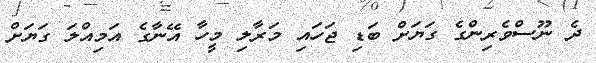
ދެ ނޫސްވެރިންގެ ގަޔަށް ބަޑި ޖަހައި މަރާލި މީހާ އޭނާގެ އަމިއްލަ ގަޔަށް